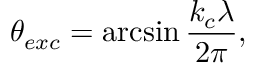
\centering \theta _ { e x c } = \arcsin { \frac { k _ { c } \lambda } { 2 \pi } } ,